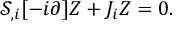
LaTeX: { \mathcal { S } } _ { , i } [ - i \partial ] Z + J _ { i } Z = 0 .